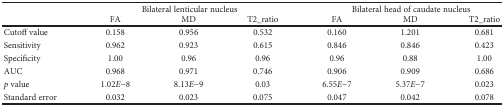
<table><thead><tr><td rowspan="2"></td><td colspan="3"><b>Bilateral lenticular nucleus</b></td><td colspan="3"><b>Bilateral head of caudate nucleus</b></td></tr><tr><td><b>FA</b></td><td><b>MD</b></td><td><b>T2_ratio</b></td><td><b>FA</b></td><td><b>MD</b></td><td><b>T2_ratio</b></td></tr></thead><tbody><tr><td>Cutoff value</td><td>0.158</td><td>0.956</td><td>0.532</td><td>0.160</td><td>1.201</td><td>0.681</td></tr><tr><td>Sensitivity</td><td>0.962</td><td>0.923</td><td>0.615</td><td>0.846</td><td>0.846</td><td>0.423</td></tr><tr><td>Specificity</td><td>1.00</td><td>0.96</td><td>0.96</td><td>0.96</td><td>0.88</td><td>1.00</td></tr><tr><td>AUC</td><td>0.968</td><td>0.971</td><td>0.746</td><td>0.906</td><td>0.909</td><td>0.686</td></tr><tr><td><i>p</i> value</td><td>1.02<i>E</i>−8</td><td>8.13<i>E</i>−9</td><td>0.03</td><td>6.55<i>E</i>−7</td><td>5.37<i>E</i>−7</td><td>0.023</td></tr><tr><td>Standard error</td><td>0.032</td><td>0.023</td><td>0.075</td><td>0.047</td><td>0.042</td><td>0.078</td></tr></tbody></table>